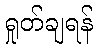
ရှုတ်ချရန်